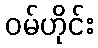
ဝမ်ဟိုင်း